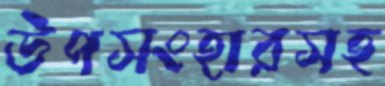
উপসংহারসহ